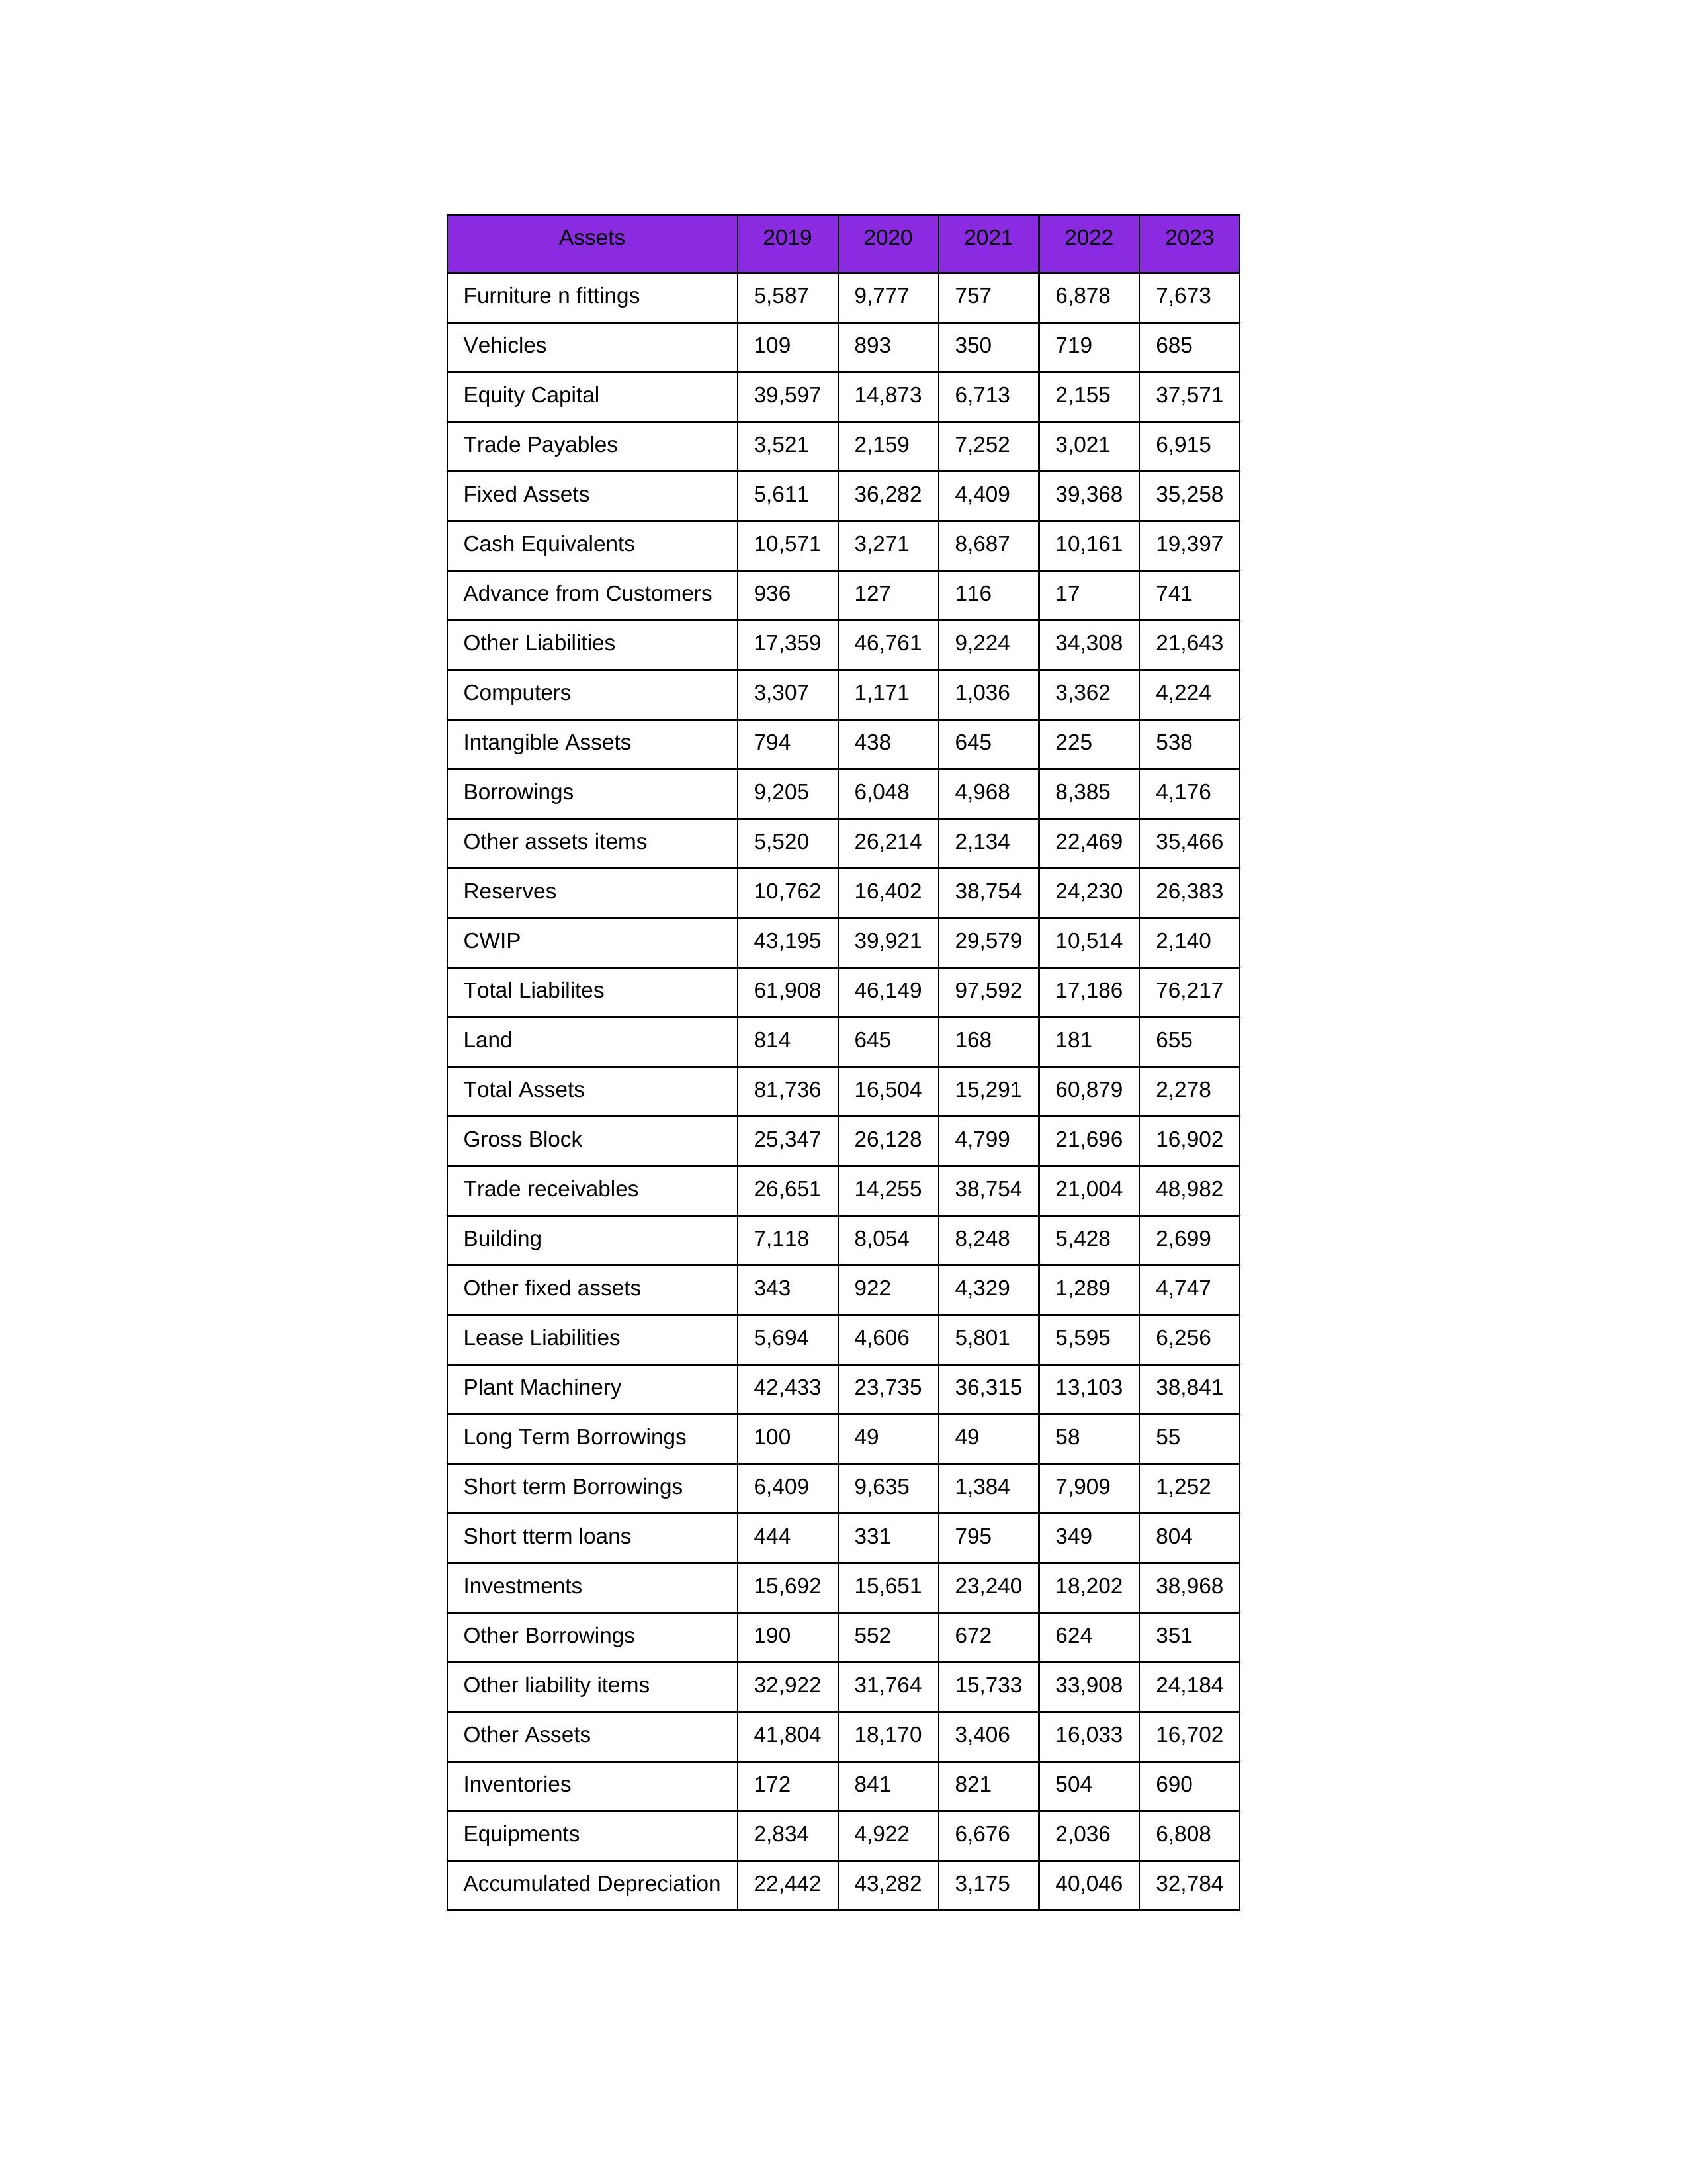
gt_parse: 2019: Equity Capital: 39,597
Reserves: 10,762
Borrowings: 9,205
Long Term Borrowings: 100
Short term Borrowings: 6,409
Lease Liabilities: 5,694
Other Borrowings: 190
Other Liabilities: 17,359
Trade Payables: 3,521
Advance from Customers: 936
Other liability items: 32,922
Total Liabilites: 61,908
Fixed Assets: 5,611
Land: 814
Building: 7,118
Plant Machinery: 42,433
Equipments: 2,834
Computers: 3,307
Furniture n fittings: 5,587
Vehicles: 109
Intangible Assets: 794
Other fixed assets: 343
Gross Block: 25,347
Accumulated Depreciation: 22,442
CWIP: 43,195
Investments: 15,692
Other Assets: 41,804
Inventories: 172
Trade receivables: 26,651
Cash Equivalents: 10,571
Short tterm loans: 444
Other assets items: 5,520
Total Assets: 81,736
2020: Equity Capital: 14,873
Reserves: 16,402
Borrowings: 6,048
Long Term Borrowings: 49
Short term Borrowings: 9,635
Lease Liabilities: 4,606
Other Borrowings: 552
Other Liabilities: 46,761
Trade Payables: 2,159
Advance from Customers: 127
Other liability items: 31,764
Total Liabilites: 46,149
Fixed Assets: 36,282
Land: 645
Building: 8,054
Plant Machinery: 23,735
Equipments: 4,922
Computers: 1,171
Furniture n fittings: 9,777
Vehicles: 893
Intangible Assets: 438
Other fixed assets: 922
Gross Block: 26,128
Accumulated Depreciation: 43,282
CWIP: 39,921
Investments: 15,651
Other Assets: 18,170
Inventories: 841
Trade receivables: 14,255
Cash Equivalents: 3,271
Short tterm loans: 331
Other assets items: 26,214
Total Assets: 16,504
2021: Equity Capital: 6,713
Reserves: 38,754
Borrowings: 4,968
Long Term Borrowings: 49
Short term Borrowings: 1,384
Lease Liabilities: 5,801
Other Borrowings: 672
Other Liabilities: 9,224
Trade Payables: 7,252
Advance from Customers: 116
Other liability items: 15,733
Total Liabilites: 97,592
Fixed Assets: 4,409
Land: 168
Building: 8,248
Plant Machinery: 36,315
Equipments: 6,676
Computers: 1,036
Furniture n fittings: 757
Vehicles: 350
Intangible Assets: 645
Other fixed assets: 4,329
Gross Block: 4,799
Accumulated Depreciation: 3,175
CWIP: 29,579
Investments: 23,240
Other Assets: 3,406
Inventories: 821
Trade receivables: 38,754
Cash Equivalents: 8,687
Short tterm loans: 795
Other assets items: 2,134
Total Assets: 15,291
2022: Equity Capital: 2,155
Reserves: 24,230
Borrowings: 8,385
Long Term Borrowings: 58
Short term Borrowings: 7,909
Lease Liabilities: 5,595
Other Borrowings: 624
Other Liabilities: 34,308
Trade Payables: 3,021
Advance from Customers: 17
Other liability items: 33,908
Total Liabilites: 17,186
Fixed Assets: 39,368
Land: 181
Building: 5,428
Plant Machinery: 13,103
Equipments: 2,036
Computers: 3,362
Furniture n fittings: 6,878
Vehicles: 719
Intangible Assets: 225
Other fixed assets: 1,289
Gross Block: 21,696
Accumulated Depreciation: 40,046
CWIP: 10,514
Investments: 18,202
Other Assets: 16,033
Inventories: 504
Trade receivables: 21,004
Cash Equivalents: 10,161
Short tterm loans: 349
Other assets items: 22,469
Total Assets: 60,879
2023: Equity Capital: 37,571
Reserves: 26,383
Borrowings: 4,176
Long Term Borrowings: 55
Short term Borrowings: 1,252
Lease Liabilities: 6,256
Other Borrowings: 351
Other Liabilities: 21,643
Trade Payables: 6,915
Advance from Customers: 741
Other liability items: 24,184
Total Liabilites: 76,217
Fixed Assets: 35,258
Land: 655
Building: 2,699
Plant Machinery: 38,841
Equipments: 6,808
Computers: 4,224
Furniture n fittings: 7,673
Vehicles: 685
Intangible Assets: 538
Other fixed assets: 4,747
Gross Block: 16,902
Accumulated Depreciation: 32,784
CWIP: 2,140
Investments: 38,968
Other Assets: 16,702
Inventories: 690
Trade receivables: 48,982
Cash Equivalents: 19,397
Short tterm loans: 804
Other assets items: 35,466
Total Assets: 2,278